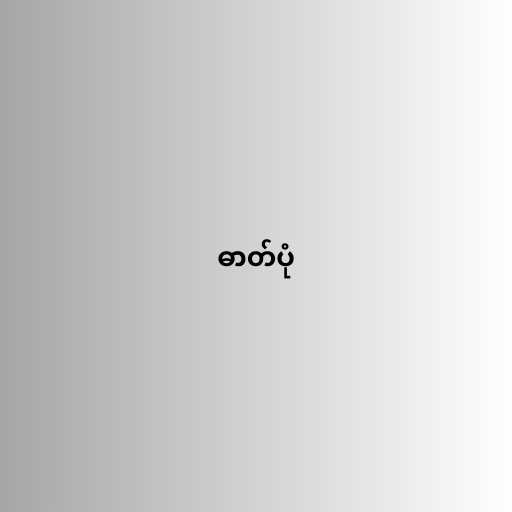
ဓာတ်ပုံ